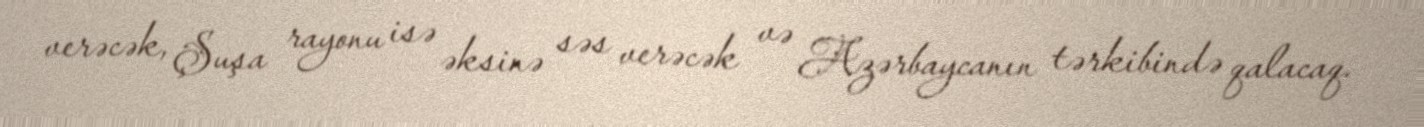
verəcək, Şuşa rayonu isə əksinə səs verəcək və Azərbaycanın tərkibində qalacaq.